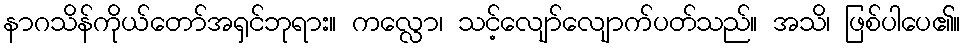
နာဂသိန်ကိုယ်တော်အရှင်ဘုရား။ ကလ္လော၊ သင့်လျော်လျောက်ပတ်သည်။ အသိ၊ ဖြစ်ပါပေ၏။